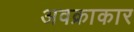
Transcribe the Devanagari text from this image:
अवक्राकार